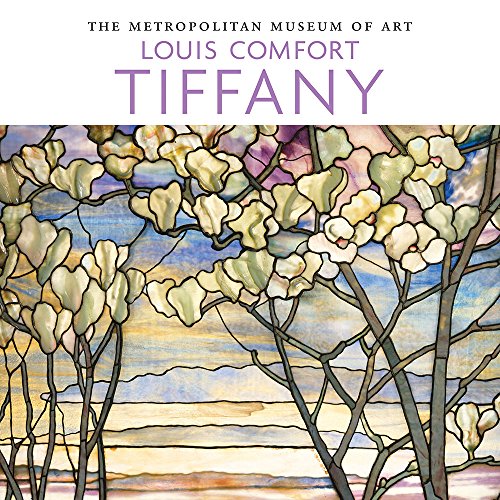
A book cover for Louis Comfort Tiffany 2016 Wall Calendar; Metropolitan Museum Of Art; Calendars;